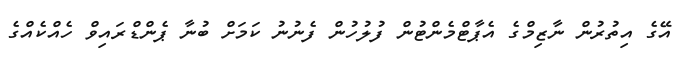
އޭގެ އިތުރުން ނާޒިމްގެ އެޕާޓްމެންޓުން ފުލުހުން ފެނުނު ކަމަށް ބުނާ ޕެންޑްރައިވް ހެއްކެއްގެ